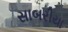
સાબરીયા